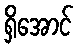
ရှိအောင်